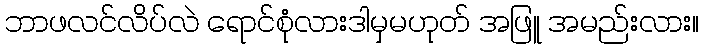
ဘာဖလင်လိပ်လဲ ရောင်စုံလားဒါမှမဟုတ် အဖြူ အမည်းလား။